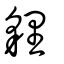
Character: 貍